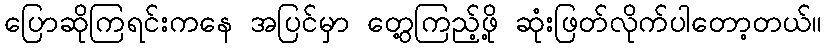
ပြောဆိုကြရင်းကနေ အပြင်မှာ တွေ့ကြည့်ဖို့ ဆုံးဖြတ်လိုက်ပါတော့တယ်။